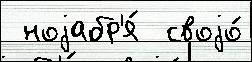
 ноjабр'я́  своjо́